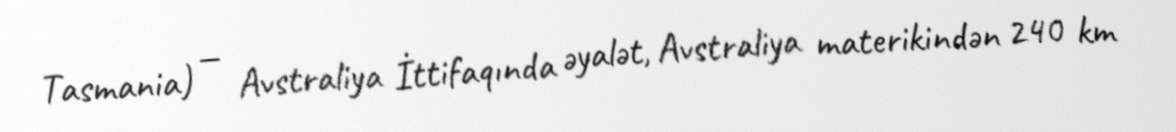
Tasmania) — Avstraliya İttifaqında əyalət, Avstraliya materikindən 240 km